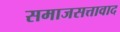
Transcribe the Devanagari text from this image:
समाजसत्तावाद